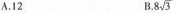
A.12 B. .8 \sqrt{3}